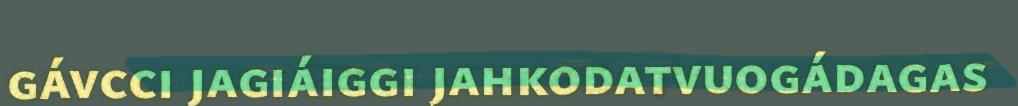
gávcci jagiáiggi jahkodatvuogádagas